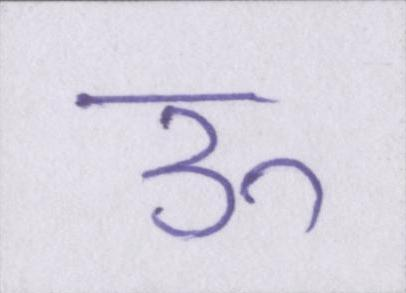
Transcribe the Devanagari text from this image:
ऊ